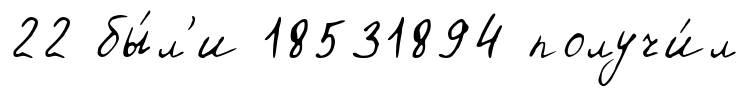
22 бы́л'и 18531894 получи́л